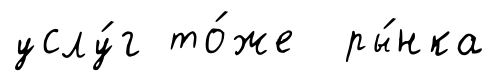
услу́г то́же ры́нка